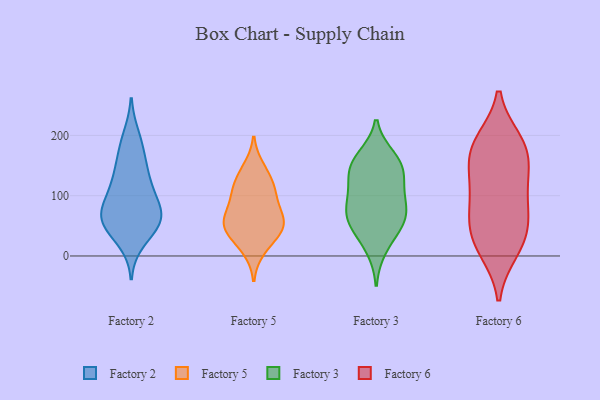
{"axis": {"x": "Revenue (USD Million)", "y": "Value"}, "legend": ["Factory 2", "Factory 3", "Factory 5", "Factory 6"], "data": [{"x": "", "y": 198, "type": "Factory 2"}, {"x": "", "y": 78, "type": "Factory 2"}, {"x": "", "y": 61, "type": "Factory 2"}, {"x": "", "y": 122, "type": "Factory 2"}, {"x": "", "y": 157, "type": "Factory 2"}, {"x": "", "y": 67, "type": "Factory 2"}, {"x": "", "y": 95, "type": "Factory 2"}, {"x": "", "y": 60, "type": "Factory 2"}, {"x": "", "y": 181, "type": "Factory 2"}, {"x": "", "y": 49, "type": "Factory 2"}, {"x": "", "y": 54, "type": "Factory 2"}, {"x": "", "y": 113, "type": "Factory 2"}, {"x": "", "y": 136, "type": "Factory 2"}, {"x": "", "y": 25, "type": "Factory 2"}, {"x": "", "y": 65, "type": "Factory 2"}, {"x": "", "y": 57, "type": "Factory 5"}, {"x": "", "y": 56, "type": "Factory 5"}, {"x": "", "y": 104, "type": "Factory 5"}, {"x": "", "y": 59, "type": "Factory 5"}, {"x": "", "y": 59, "type": "Factory 5"}, {"x": "", "y": 42, "type": "Factory 5"}, {"x": "", "y": 110, "type": "Factory 5"}, {"x": "", "y": 94, "type": "Factory 5"}, {"x": "", "y": 145, "type": "Factory 5"}, {"x": "", "y": 129, "type": "Factory 5"}, {"x": "", "y": 33, "type": "Factory 5"}, {"x": "", "y": 11, "type": "Factory 5"}, {"x": "", "y": 46, "type": "Factory 3"}, {"x": "", "y": 72, "type": "Factory 3"}, {"x": "", "y": 139, "type": "Factory 3"}, {"x": "", "y": 12, "type": "Factory 3"}, {"x": "", "y": 62, "type": "Factory 3"}, {"x": "", "y": 52, "type": "Factory 3"}, {"x": "", "y": 95, "type": "Factory 3"}, {"x": "", "y": 164, "type": "Factory 3"}, {"x": "", "y": 76, "type": "Factory 3"}, {"x": "", "y": 106, "type": "Factory 3"}, {"x": "", "y": 130, "type": "Factory 3"}, {"x": "", "y": 156, "type": "Factory 3"}, {"x": "", "y": 151, "type": "Factory 3"}, {"x": "", "y": 169, "type": "Factory 6"}, {"x": "", "y": 57, "type": "Factory 6"}, {"x": "", "y": 186, "type": "Factory 6"}, {"x": "", "y": 179, "type": "Factory 6"}, {"x": "", "y": 36, "type": "Factory 6"}, {"x": "", "y": 189, "type": "Factory 6"}, {"x": "", "y": 100, "type": "Factory 6"}, {"x": "", "y": 53, "type": "Factory 6"}, {"x": "", "y": 10, "type": "Factory 6"}, {"x": "", "y": 129, "type": "Factory 6"}, {"x": "", "y": 139, "type": "Factory 6"}, {"x": "", "y": 88, "type": "Factory 6"}, {"x": "", "y": 14, "type": "Factory 6"}]}